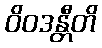
ဝိဝဒန္တီတိ